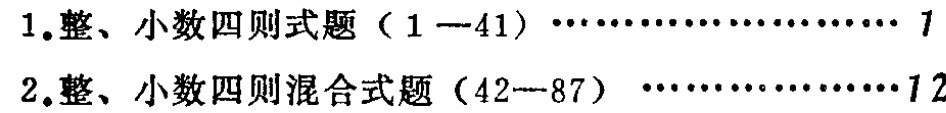
1. 整、小数四则式题（1—41）\(\cdots\cdots\cdots\cdots\cdots\cdots\cdots\cdots1\)

2. 整、小数四则混合式题（42—87）\(\cdots\cdots\cdots\cdots\cdots\cdots\cdots12\)